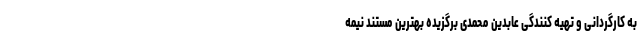
به کارگردانی و تهیه کنندگی عابدین محمدی برگزیده بهترین مستند نیمه